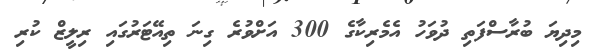
މިދިޔަ ބުރާސްފަތި ދުވަހު އެމެރިކާގެ 300 އަށްވުރެ ގިނަ ތިއޭޓަރުގައި ރިލީޒް ކުރި